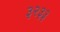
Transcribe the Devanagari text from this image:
३२३३